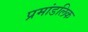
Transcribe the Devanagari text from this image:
प्रमांडलिक